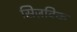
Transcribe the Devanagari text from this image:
सिज़विक